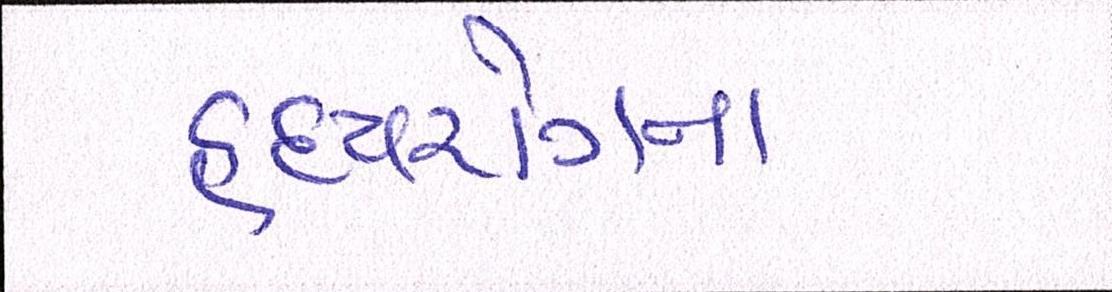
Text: હૃદયરોગના